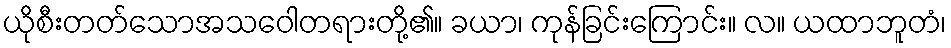
ယိုစီးတတ်သောအသဝေါတရားတို့၏။ ခယာ၊ ကုန်ခြင်းကြောင်း။ လ။ ယထာဘူတံ၊